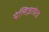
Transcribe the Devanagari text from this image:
येलिज़ावेता